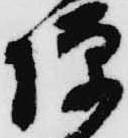
彈